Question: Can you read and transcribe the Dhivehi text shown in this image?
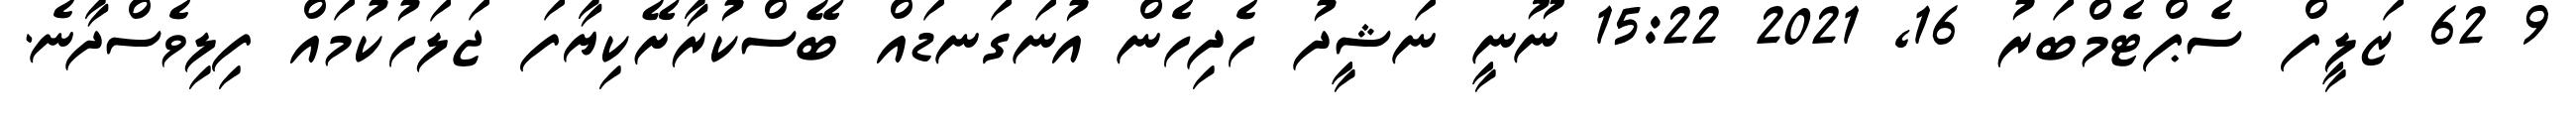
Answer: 9 62 ޒަލީފް ސެޕްޓެމްބަރު 16, 2021 15:22 ނޫނީ ނަޝީދު ހެދިހެން އުނަގަނޑައް ބޭސްކުރާށޭކިޔާފަ ޖަލަހުކުމައް ފިލިވެސްދާނެ.